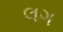
લગ